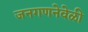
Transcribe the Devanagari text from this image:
जनगणनेवेळी